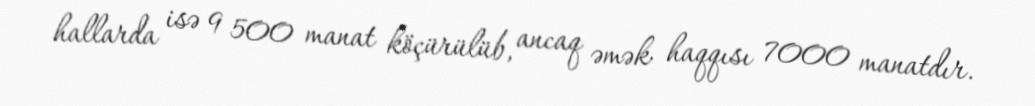
hallarda isə 9 500 manat köçürülüb, ancaq əmək haqqısı 7000 manatdır.